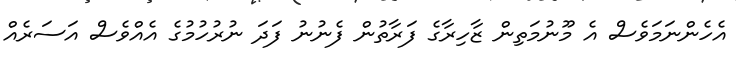
އެހެންނަމަވެސް އެ މޫނުމަތިން ޒާހިރާގެ ފަރާތުން ފެނުނު ފަދަ ނުރުހުމުގެ އެއްވެސް އަސަރެއް